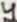
Text: 4